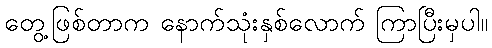
တွေ့ဖြစ်တာက နောက်သုံးနှစ်လောက် ကြာပြီးမှပါ။